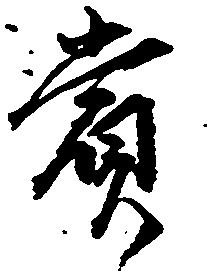
賞